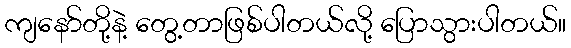
ကျနော်တို့နဲ့ တွေ့တာဖြစ်ပါတယ်လို့ ပြောသွားပါတယ်။